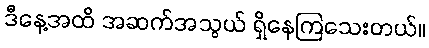
ဒီနေ့အထိ အဆက်အသွယ် ရှိနေကြသေးတယ်။